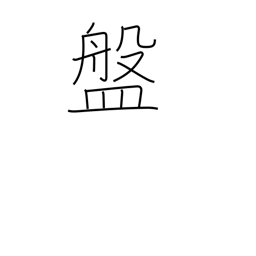
Meaning: shallow bowl